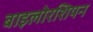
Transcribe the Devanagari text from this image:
बाइलोरशियन